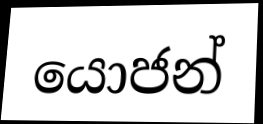
යොජන්